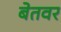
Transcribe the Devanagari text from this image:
बेतवर